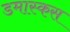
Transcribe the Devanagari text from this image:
डमास्कस